Vaccination in Bombay 1856-1862 - 1856-1862
Year: 1856
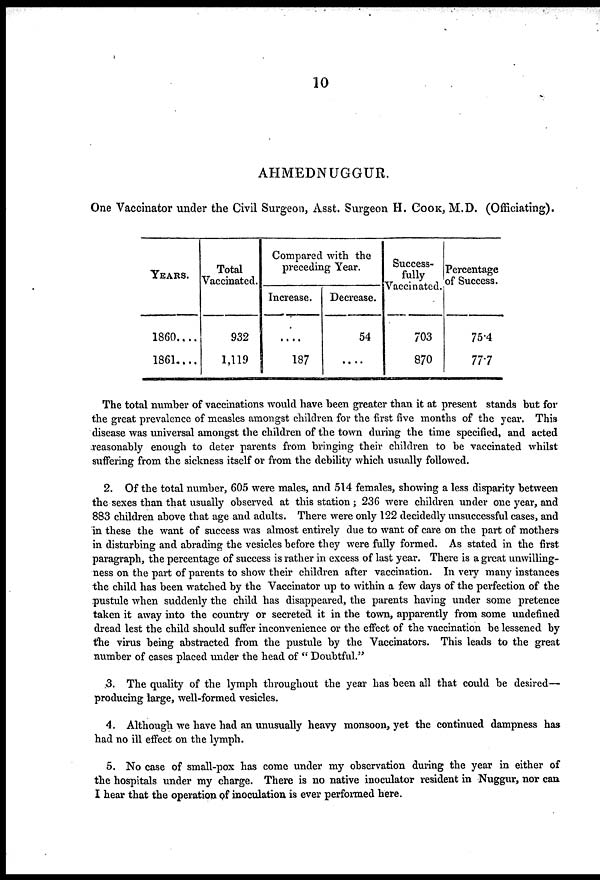
10
AHMEDNUGGUR.
One Vaccinator under the Civil Surgeon, Asst. Surgeon H. COOK, M.D. (Officiating).
YEARS.
1860....
1861....
Total
Vaccinated.
932
1,119
Compared with the
preceding Year.
Increase.
....
187
Decrease.
54
....
Success-
fully
Vaccinated.
703
870
Percentage
of Success.
75.4
77.7
The total number of vaccinations would have been greater than it at present stands but for
the great prevalence of measles amongst children for the first five months of the year. This
disease was universal amongst the children of the town during the time specified, and acted
reasonably enough to deter parents from bringing their children to be vaccinated whilst
suffering from the sickness itself or from the debility which usually followed.
2. Of the total number, 605 were males, and 514 females, showing a less disparity between
the sexes than that usually observed at this station ; 236 were children under one year, and
883 children above that age and adults. There were only 122 decidedly unsuccessful cases, and
in these the want of success was almost entirely due to want of care on the part of mothers
in disturbing and abrading the vesicles before they were fully formed. As stated in the first
paragraph, the percentage of success is rather in excess of last year. There is a great unwilling-
ness on the part of parents to show their children after vaccination. In very many instances
the child has been watched by the Vaccinator up to within a few days of the perfection of the
pustule when suddenly the child has disappeared, the parents having under some pretence
taken it away into the country or secreted it in the town, apparently from some undefined
dread lest the child should suffer inconvenience or the effect of the vaccination be lessened by
the virus being abstracted from the pustule by the Vaccinators. This leads to the great
number of cases placed under the head of " Doubtful."
3. The quality of the lymph throughout the year has been all that could be desired—
producing large, well-formed vesicles.
4. Although we have had an unusually heavy monsoon, yet the continued dampness has
had no ill effect on the lymph.
5. No case of small-pox has come under my observation during the year in either of
the hospitals under my charge. There is no native inoculator resident in Nuggur, nor can
I hear that the operation of inoculation is ever performed here.